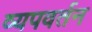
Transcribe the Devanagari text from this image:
व्यपवर्तन